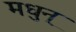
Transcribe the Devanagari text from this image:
मधुन्